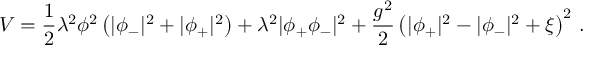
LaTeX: V = \frac 1 2 \lambda ^ { 2 } \phi ^ { 2 } \left( | \phi _ { - } | ^ { 2 } + | \phi _ { + } | ^ { 2 } \right) + \lambda ^ { 2 } | \phi _ { + } \phi _ { - } | ^ { 2 } + { \frac { g ^ { 2 } } { 2 } } \left( | \phi _ { + } | ^ { 2 } - | \phi _ { - } | ^ { 2 } + \xi \right) ^ { 2 } \, .